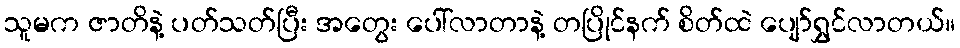
သူမက ဇာတိနဲ့ ပတ်သတ်ပြီး အတွေး ပေါ်လာတာနဲ့ တပြိုင်နက် စိတ်ထဲ ပျော်ရွှင်လာတယ်။